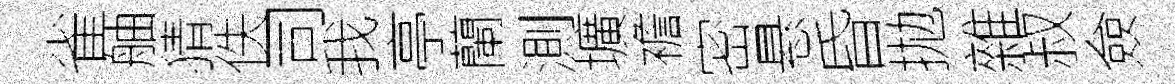
雀舳猜佚司我亭蘭測壙襜密悬昏拋雜叔僉